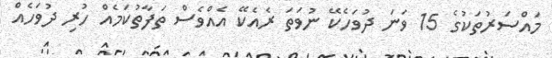
މައްސަރުތަކުގެ 15 ވަނަ ދުވަހެކޭ ނުވަތަ ރެއެކޭ އެއްވެސް ތަފާތުކަމެއް ހުރި ދުވަހެއް